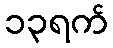
၁၃ရက်